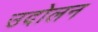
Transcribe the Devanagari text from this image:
उदोलन